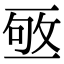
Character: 𠄹